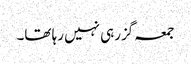
جمعہ گزرہی نہیں رہا تھا۔